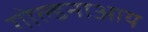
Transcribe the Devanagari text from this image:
गोल्डनाआय